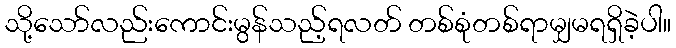
သို့သော်လည်းကောင်းမွန်သည့်ရလတ် တစ်စုံတစ်ရာမျှမရရှိခဲ့ပါ။